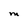
Character: M